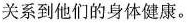
关系到他们的身体健康。